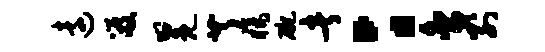
远笈冕芹橘碗者：舍别